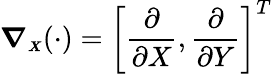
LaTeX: \boldsymbol{\nabla_{\scriptscriptstyle X}}(\cdot)=\left[\frac{\partial}{\partial X},\frac{\partial}{\partial Y}\right]^{T}